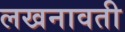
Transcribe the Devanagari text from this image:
लखनावती